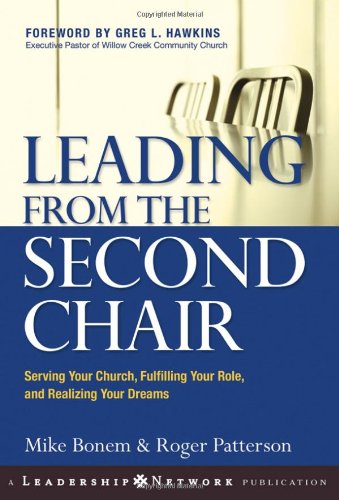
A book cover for Leading from the Second Chair: Serving Your Church, Fulfilling Your Role, and Realizing Your Dreams; Mike  Bonem; Christian Books & Bibles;